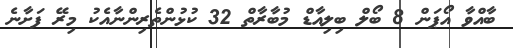
ބާއްވާ އޯޕަން 8 ބޯލް ބިލިއާޑް މުބާރާތް 32 ކުޅުންތެރިންނާއެކު މިރޭ ފަށާނެ